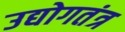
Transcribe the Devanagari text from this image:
उद्योगतंत्र